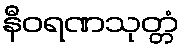
နီဝရဏသုတ္တံ